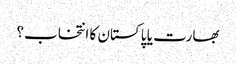
بھارت یا پاکستان کا انتخاب؟